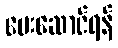
ပေးဆောင်ရန်